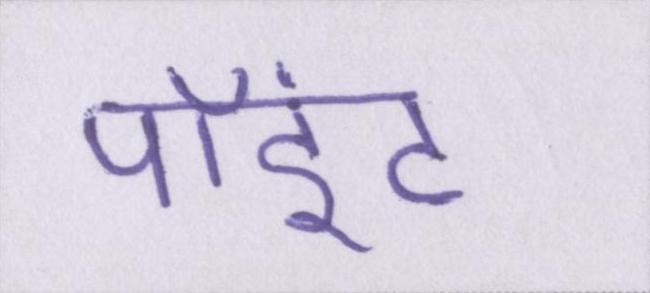
पॉइंट